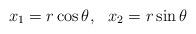
LaTeX: \begin{align*} x_1=r\cos{\theta},\,\,\,\, x_2=r\sin\theta\end{align*}